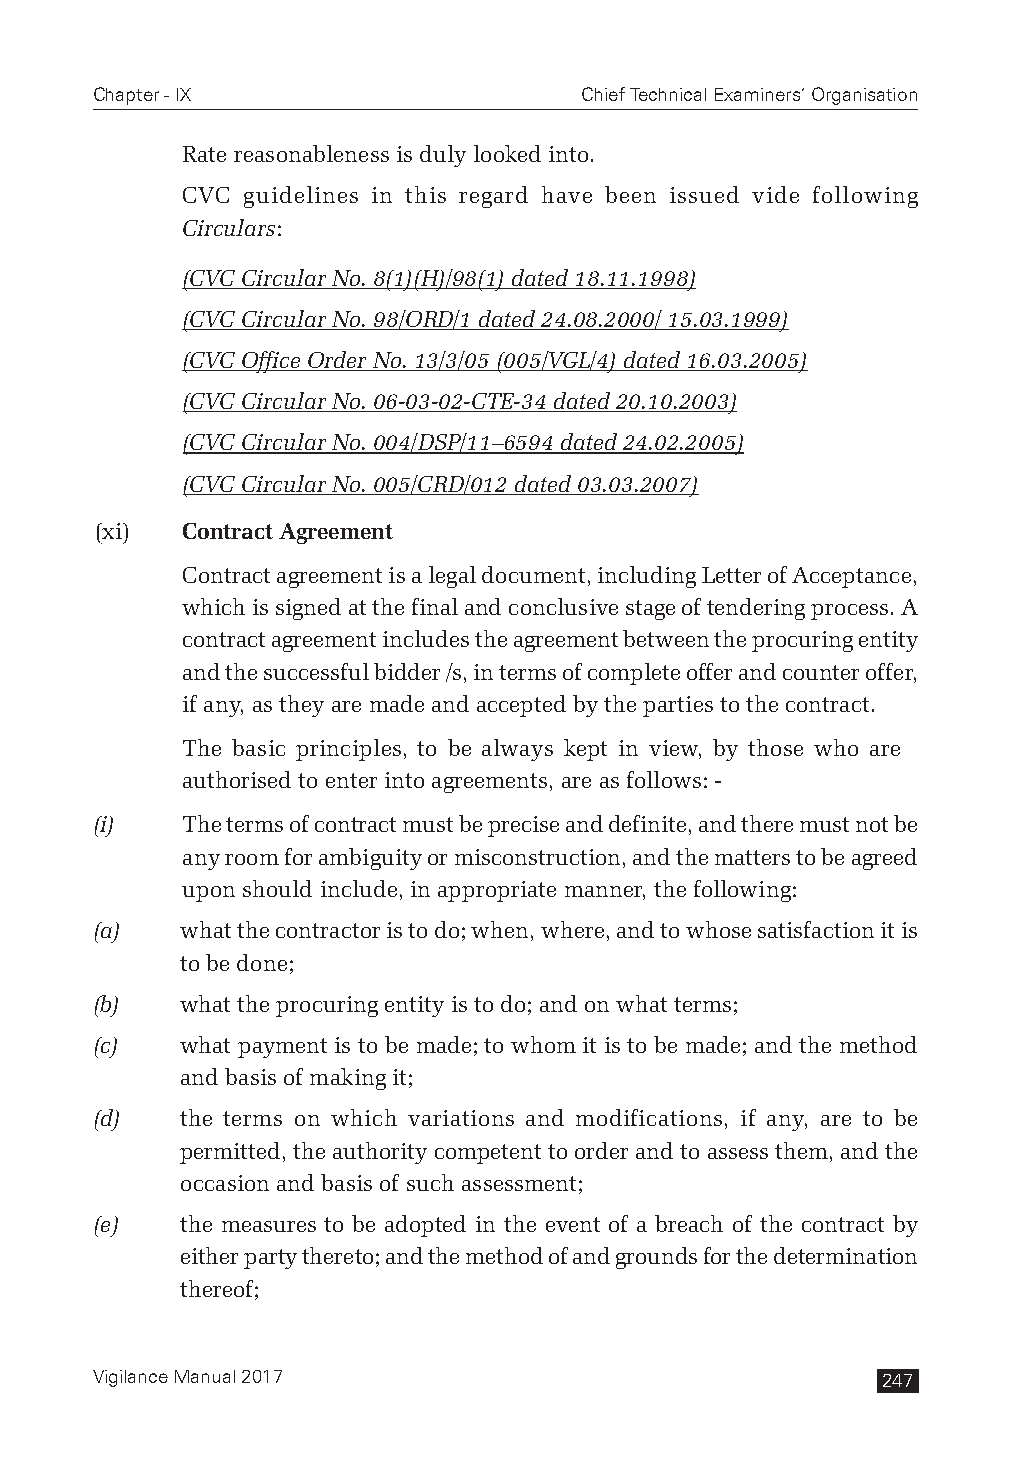
Chapter - IX                    Chief Technical Examiners’ Organisation
 Rate reasonableness is duly looked into.
 CVC guidelines in this regard have been issued vide following
 Circulars:
 (CVC Circular No. 8(1)(H)/98(1) dated 18.11.1998)
 (CVC Circular No. 98/ORD/1 dated 24.08.2000/ 15.03.1999)
 (CVC Office Order No. 13/3/05 (005/VGL/4) dated 16.03.2005)
 (CVC Circular No. 06-03-02-CTE-34 dated 20.10.2003)
 (CVC Circular No. 004/DSP/11–6594 dated 24.02.2005)
 (CVC Circular No. 005/CRD/012 dated 03.03.2007)
 (xi)  Contract Agreement
 Contract agreement is a legal document, including Letter of Acceptance,
 which is signed at the final and conclusive stage of tendering process. A
 contract agreement includes the agreement between the procuring entity
 and the successful bidder /s, in terms of complete offer and counter offer,
 if any, as they are made and accepted by the parties to the contract.
 The basic principles, to be always kept in view, by those who are
 authorised to enter into agreements, are as follows: -
 (i)   The terms of contract must be precise and definite, and there must not be
 any room for ambiguity or misconstruction, and the matters to be agreed
 upon should include, in appropriate manner, the following:
 (a)   what the contractor is to do; when, where, and to whose satisfaction it is
 to be done;
 (b)   what the procuring entity is to do; and on what terms;
 (c)   what payment is to be made; to whom it is to be made; and the method
 and basis of making it;
 (d)   the terms on which variations and modifications, if any, are to be
 permitted, the authority competent to order and to assess them, and the
 occasion and basis of such assessment;
 (e)   the measures to be adopted in the event of a breach of the contract by
 either party thereto; and the method of and grounds for the determination
 thereof;
 Vigilance Manual 2017                               247